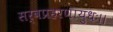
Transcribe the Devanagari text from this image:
सर्वप्रहरणायुधः।।